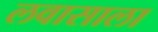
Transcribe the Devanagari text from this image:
लवासाला